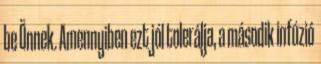
be Önnek. Amennyiben ezt jól tolerálja, a második infúzió